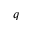
q